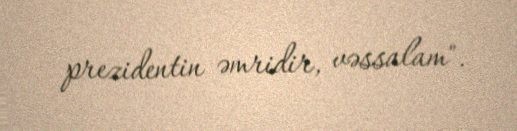
prezidentin əmridir, vəssalam".